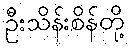
ဦးသိန်းစိန်တို့